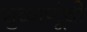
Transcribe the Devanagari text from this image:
शुक्राणूंची